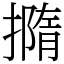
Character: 撱